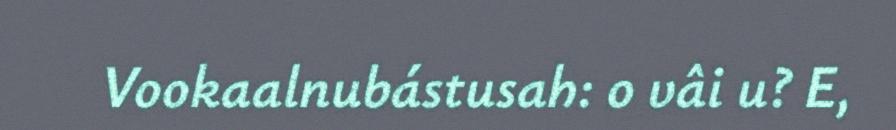
Vookaalnubástusah: o vâi u? E,